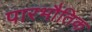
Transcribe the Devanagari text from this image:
पारभौतिक